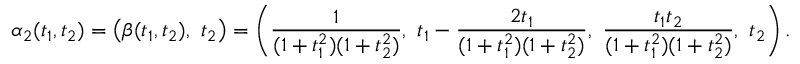
\alpha _ { 2 } ( t _ { 1 } , t _ { 2 } ) = \left( \beta ( t _ { 1 } , t _ { 2 } ) , \ t _ { 2 } \right) = \left( { \frac { 1 } { ( 1 + t _ { 1 } ^ { 2 } ) ( 1 + t _ { 2 } ^ { 2 } ) } } , \ t _ { 1 } - { \frac { 2 t _ { 1 } } { ( 1 + t _ { 1 } ^ { 2 } ) ( 1 + t _ { 2 } ^ { 2 } ) } } , \ { \frac { t _ { 1 } t _ { 2 } } { ( 1 + t _ { 1 } ^ { 2 } ) ( 1 + t _ { 2 } ^ { 2 } ) } } , \ t _ { 2 } \right) .